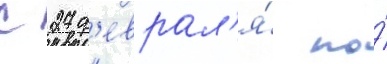
с 27 ф'еврал'я́ по́